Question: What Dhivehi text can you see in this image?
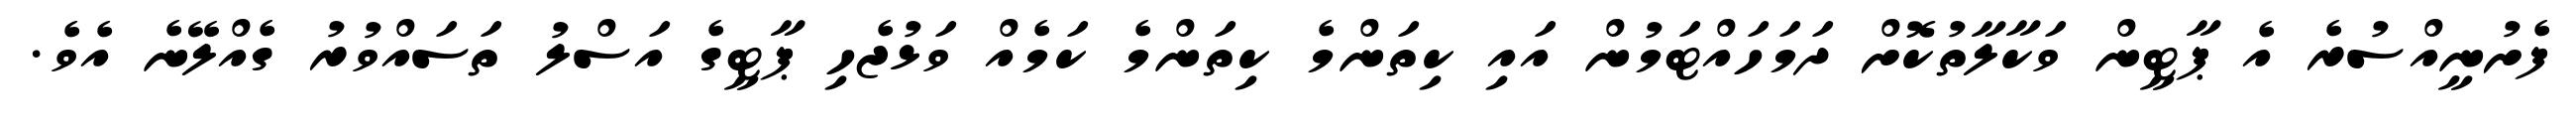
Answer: ފެށުނީއްސުރެ އެ ޕާޓީން ވަކާލާތުކޮށް ދަމަހައްޓަމުން އައި ކިތަންމެ ކިތަންމެ ކަމެއް ވަޅުޖެހި ޕާޓީގެ އަސްލު ތަސައްވުރު ގެއްލޭނެ އެވެ.